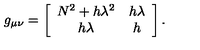
g _ { \mu \nu } = \left[ \begin{array} { c c } { N ^ { 2 } + h \lambda ^ { 2 } } & { h \lambda } \\ { h \lambda } & { h } \\ \end{array} \right] .